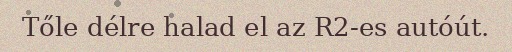
Tőle délre halad el az R2-es autóút.